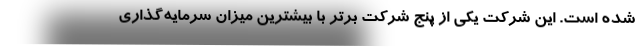
شده است. این شرکت یکی از پنج شرکت برتر با بیشترین میزان سرمایه‌گذاری